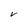
Character: V